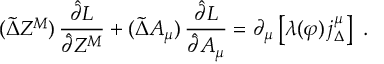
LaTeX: ( \tilde { \Delta } Z ^ { M } ) \, \frac { \hat { \partial } L } { \hat { \partial } Z ^ { M } } + ( \tilde { \Delta } A _ { \mu } ) \, \frac { \hat { \partial } L } { \hat { \partial } A _ { \mu } } = \partial _ { \mu } \left[ \lambda ( \varphi ) \, j _ { \Delta } ^ { \mu } \right] \ .